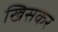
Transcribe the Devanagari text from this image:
खिसकर